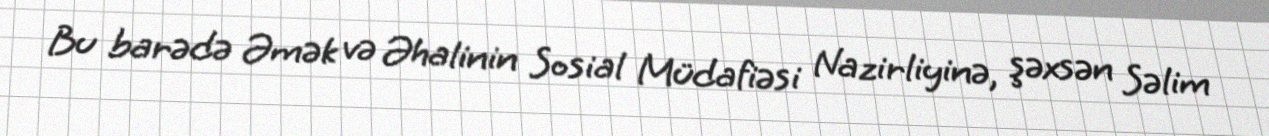
Bu barədə Əmək və Əhalinin Sosial Müdafiəsi Nazirliyinə, şəxsən Səlim